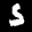
Label: 5